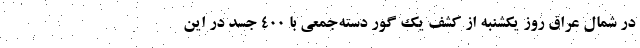
در شمال عراق روز یکشنبه از کشف یک گور دسته‌جمعی با ۴۰۰ جسد در این